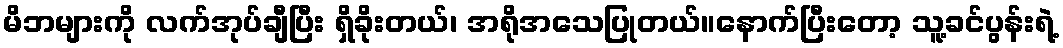
မိဘများကို လက်အုပ်ချီပြီး ရှိခိုးတယ်၊ အရိုအသေပြုတယ်။နောက်ပြီးတော့ သူ့ခင်ပွန်းရဲ့